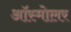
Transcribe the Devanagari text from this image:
ऑस्मोलर